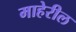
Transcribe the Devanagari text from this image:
माहेरील